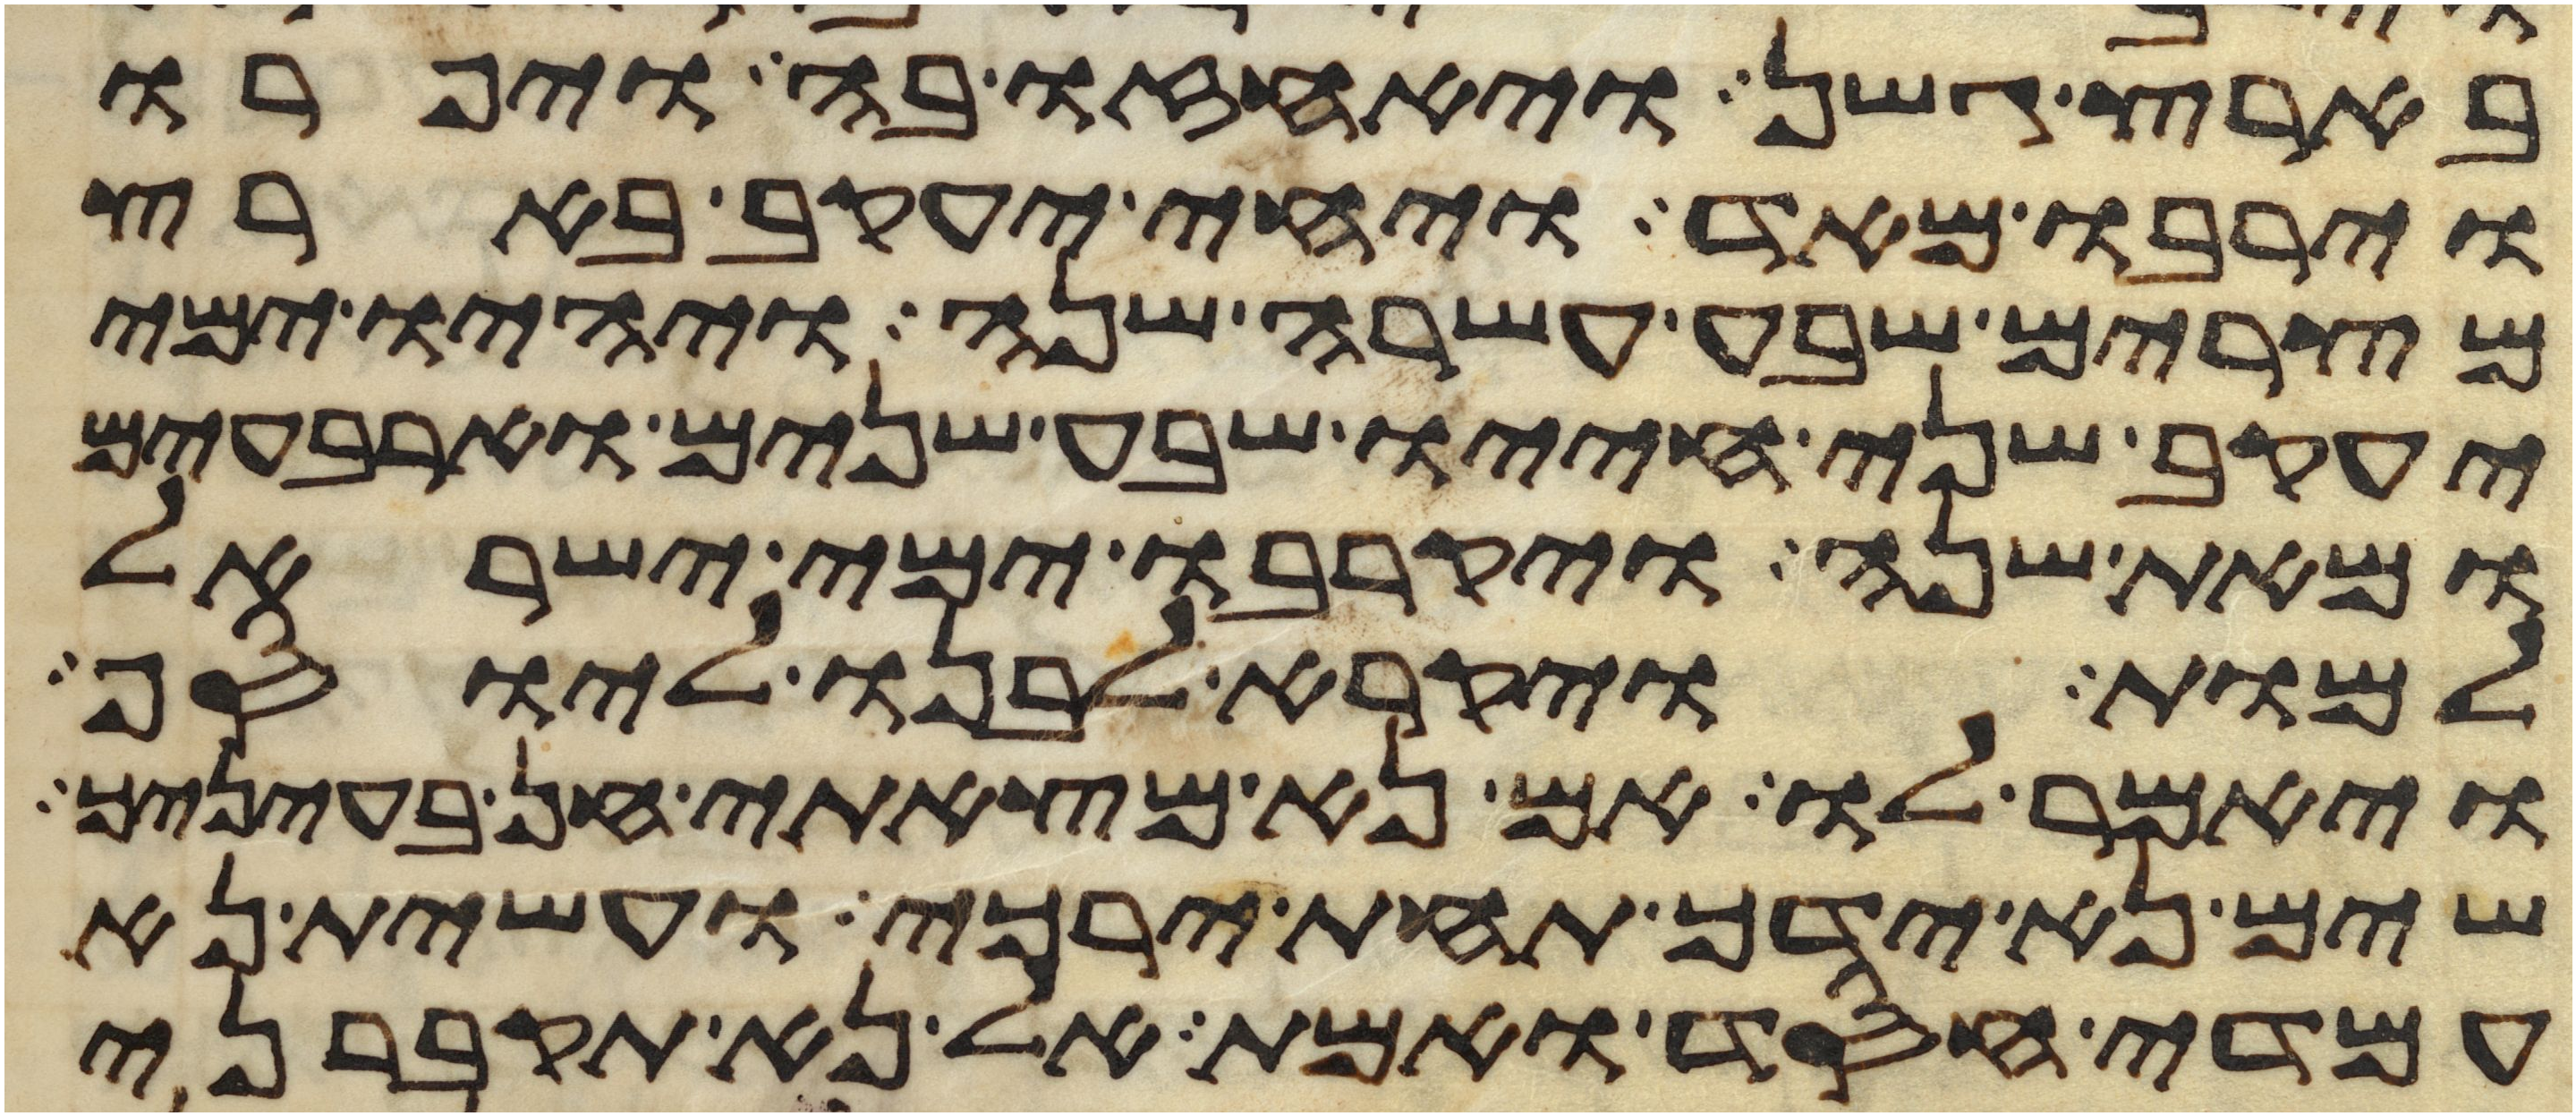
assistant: בארץ גשן ויאחזו בה ויפרו
וירבו מאד ויחי יעקב בארץ
מצרים שבע עשרה שנה ויהיו ימי
יעקב שני חייו שבע שנים וארבעים
ומאת שנה ויקרבו ימי ישראל
למות ויקרא לבנו ליוסף
ויאמר לו אם נא מצאתי חן בעיניך
שים נא ידך תחת ירכי ועשית נא
עמדי חסד ואמת אל נא תקברני